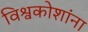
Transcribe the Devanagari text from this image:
विश्वकोशांना